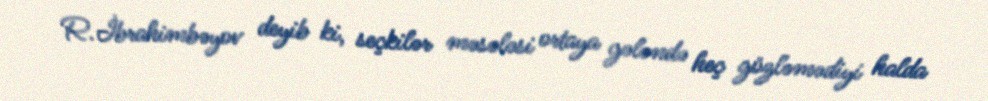
R.İbrahimbəyov deyib ki, seçkilər məsələsi ortaya gələndə heç gözləmədiyi halda